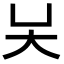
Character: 𡗖